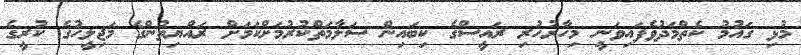
މުޅި ގައުމު ކެތްމަދުވެފައިވަނީ މިހާރުހުރި ރައީސްގެ ކިބައިން ސަލާމަތްކުރުމަށްކަމަށް ރައްޔިތުންގެ މަޖިލީހުގެ ކުރީގެ